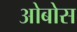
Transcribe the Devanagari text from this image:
ओबोस